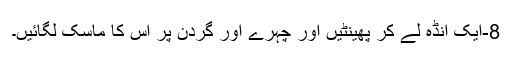
8-ایک انڈہ لے کر پھینٹیں اور چہرے اور گردن پر اس کا ماسک لگائیں۔